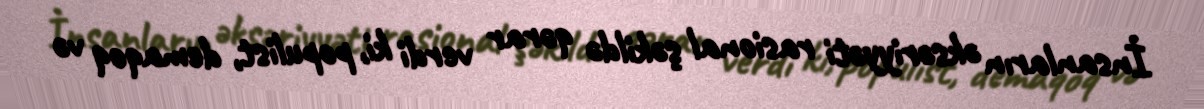
İnsanların əksəriyyəti rasional şəkildə qərar verdi ki, populist, demaqoq və